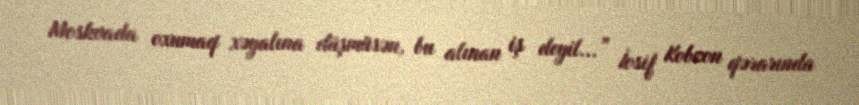
Moskvada oxumaq xəyalına düşmüsən, bu alınan iş deyil...” İosif Kobzon qərarında